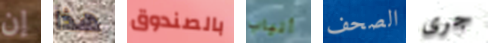
إن هذا بالصندوق أنياب الصحف جرى